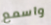
واسمع